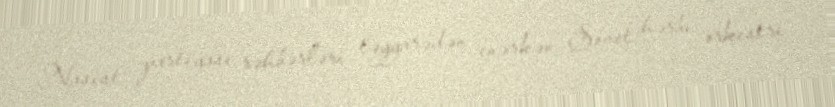
Nasist partiyası rəhbərləri təyyarədən enərkən Sovet hərbi orkestri